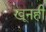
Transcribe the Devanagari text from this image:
खूनही